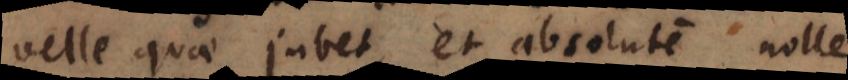
velle quae jubet, et absolute nolle